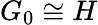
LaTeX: G_{0}\cong H